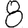
Digit: 8